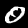
Digit: 0